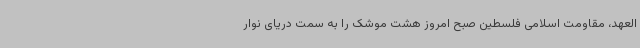
العهد، مقاومت اسلامی فلسطین صبح امروز هشت موشک را به سمت دریای نوار